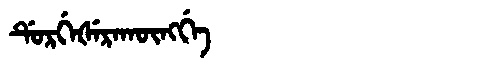
Manchu: ᡩᡠᡵᡤᡝᡧᡝᡵᠠᡴᡡᠩᡤᡝ
Romanization: DURGEŠERAKŪNGGE